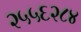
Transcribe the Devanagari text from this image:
२५५६२८४